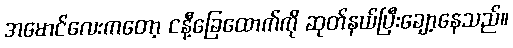
အမောင်လေးကတော့ ငနီ့ခြေထောက်ကို ဆုတ်နယ်ပြီးချော့နေသည်။